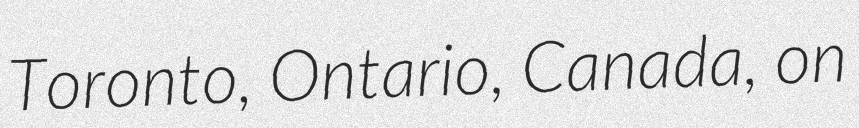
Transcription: Toronto, Ontario, Canada, on